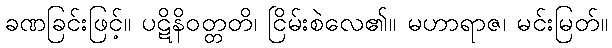
ခဏခြင်းဖြင့်။ ပဋိနိဝတ္တတိ၊ ငြိမ်းစဲလေ၏။ မဟာရာဇ၊ မင်းမြတ်။